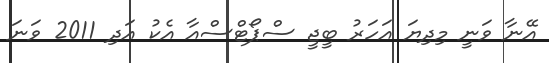
އޭނާ ވަނީ މިދިޔަ އަހަރު ބީޖީ ސްޕޯޓްސްއާ އެކު އަދި 2011 ވަނަ